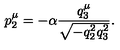
p _ { 2 } ^ { \mu } = - \alpha \frac { q _ { 3 } ^ { \mu } } { \sqrt { - q _ { 2 } ^ { 2 } q _ { 3 } ^ { 2 } } } .